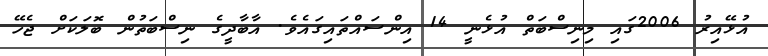
އުޅޭއިރު 2006ގައި މިނިސްބަތް އުޅެނީ 14 އިންސައްތައިގައެވެ. އާބާދީގެ ނިސްބަތުން ބޮލަކަށް ޖެހޭ